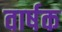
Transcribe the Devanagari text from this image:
वार्षक